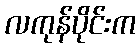
လကုန်ပိုင်းက